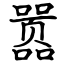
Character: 嚣